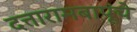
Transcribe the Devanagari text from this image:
दत्तारामबापूंचे